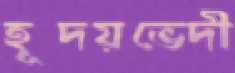
হূদয়ভেদী